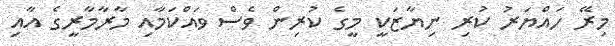
މިރޭ ހައްޔަރު ކުރި ނިޔާޒަކީ މީގެ ކުރިން ވެސް ވައްކަމާއި މާރާމާރީގެ އާއި